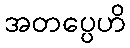
အတပ္ပေဟိ